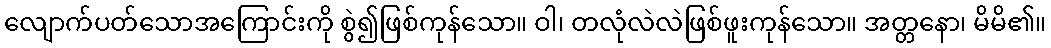
လျောက်ပတ်သောအကြောင်းကို စွဲ၍ဖြစ်ကုန်သော။ ဝါ၊ တလုံလဲလဲဖြစ်ဖူးကုန်သော။ အတ္တနော၊ မိမိ၏။